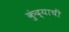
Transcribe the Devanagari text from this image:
कुंद्याचीं